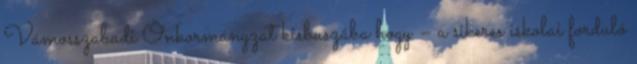
Vámosszabadi Önkormányzat kisbuszába hogy – a sikeres iskolai forduló